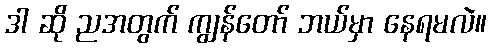
ဒါ ဆို ညအတွက် ကျွန်တော် ဘယ်မှာ နေရမလဲ။